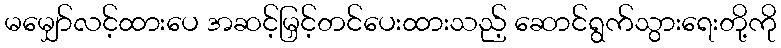
မမျှော်လင့်ထားပေ အဆင့်မြှင့်တင်ပေးထားသည့် ဆောင်ရွက်သွားရေးတို့ကို